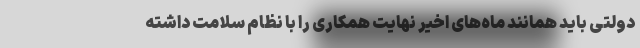
دولتی باید همانند ماه‌های اخیر نهایت همکاری را با نظام سلامت داشته